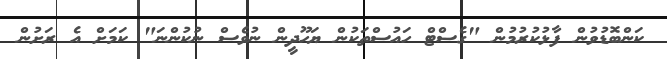
ކަންބޮޑުވުން ފާޅުކުރުމުން "ގެސްޓް ހައުސްތަކުން ޔަހޫދީން ނުވެސް ނުކުންނަ" ކަމަށް އެ ރަށުން